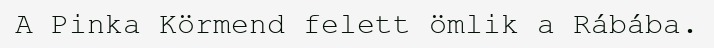
A Pinka Körmend felett ömlik a Rábába.